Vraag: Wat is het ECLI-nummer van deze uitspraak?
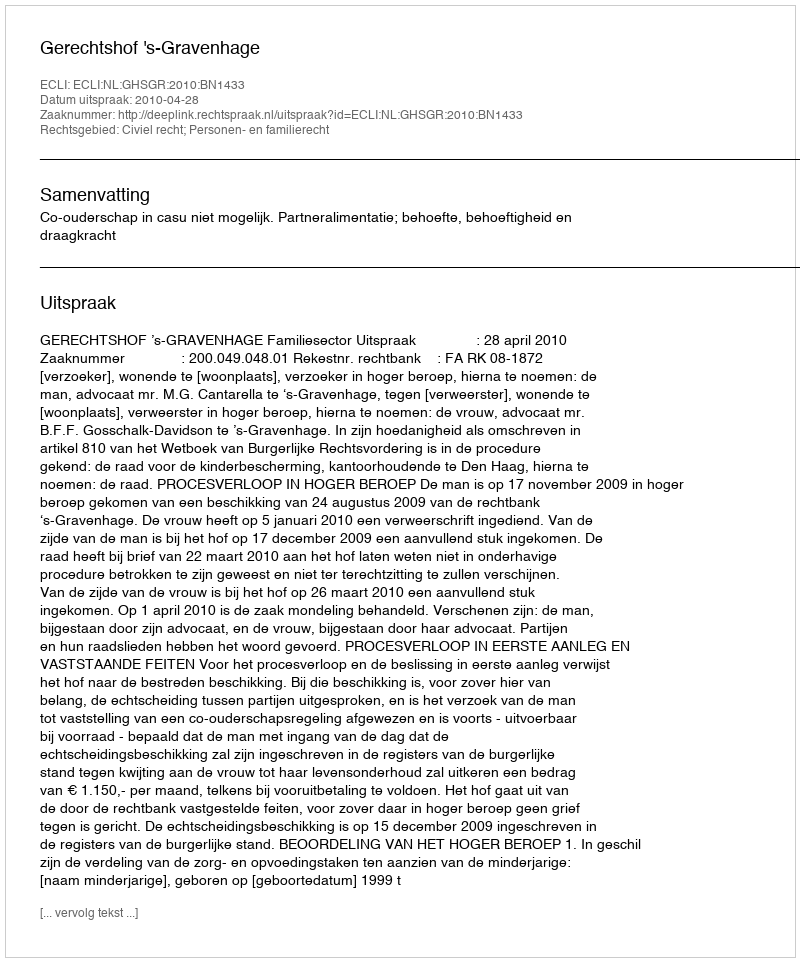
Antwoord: ECLI:NL:GHSGR:2010:BN1433